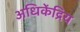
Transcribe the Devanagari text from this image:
अधिकेंद्रिय